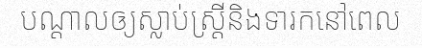
បណ្តាលឲ្យស្លាប់ស្ត្រីនិងទារកនៅពេល